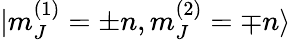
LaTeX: |m_{J}^{(1)}=\pm n,m_{J}^{(2)}=\mp n\rangle